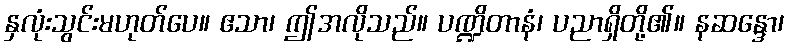
နှလုံးသွင်းမဟုတ်ပေ။ ဧသာ၊ ဤအလိုသည်။ ပဏ္ဍိတာနံ၊ ပညာရှိတို့၏။ နဆန္ဒော၊